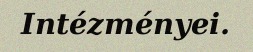
Intézményei.